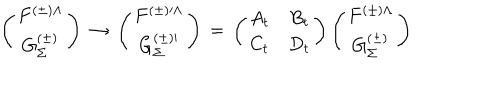
LaTeX: \left( \begin{matrix} { { F ^ { ( \pm ) \Lambda } } } \\ { { G _ { \Sigma } ^ { ( \pm ) } } } \\ \end{matrix} \right) \, \rightarrow \, \left( \begin{matrix} { { F ^ { ( \pm ) \prime \Lambda } } } \\ { { G _ { \Sigma } ^ { ( \pm ) \prime } } } \\ \end{matrix} \right) \, = \, \left( \begin{matrix} { { A _ { t } } } & { { B _ { t } } } \\ { { C _ { t } } } & { { D _ { t } } } \\ \end{matrix} \right) \left( \begin{matrix} { { F ^ { ( \pm ) \Lambda } } } \\ { { G _ { \Sigma } ^ { ( \pm ) } } } \\ \end{matrix} \right)